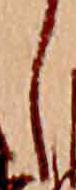
し